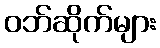
ဝဘ်ဆိုက်များ